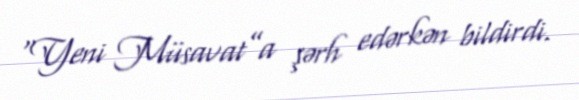
“Yeni Müsavat”a şərh edərkən bildirdi.